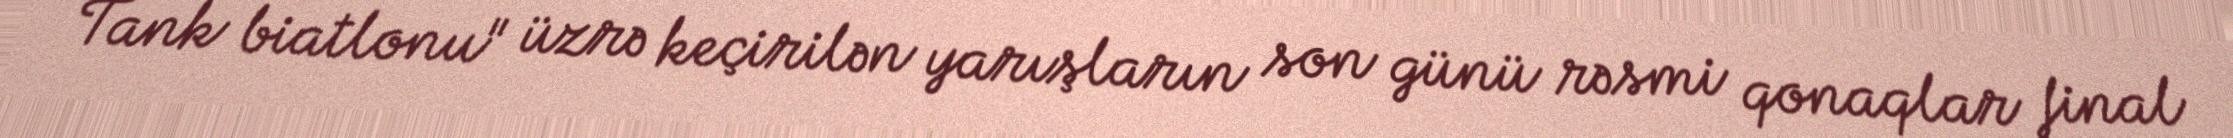
Tank biatlonu" üzrə keçirilən yarışların son günü rəsmi qonaqlar final